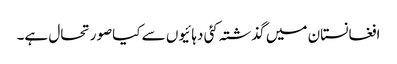
افغانستان میں گذشتہ کئی دہائیوں سے کیاصورتحال ہے۔